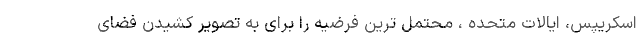
اسکریپس، ایالات متحده ، محتمل ترین فرضیه را برای به تصویر کشیدن فضای